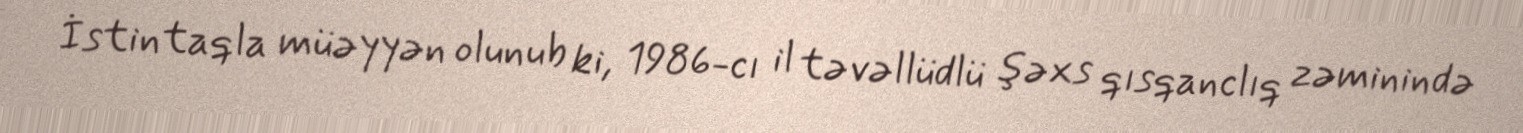
İstintaqla müəyyən olunub ki, 1986-cı il təvəllüdlü şəxs qısqanclıq zəminində